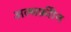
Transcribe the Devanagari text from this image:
अल्सफ्रीोन